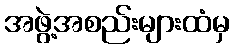
အဖွဲ့အစည်းများထံမှ